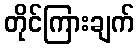
တိုင်ကြားချက်